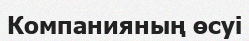
Компанияның өсуі